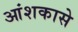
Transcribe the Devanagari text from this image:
आंशकासे